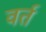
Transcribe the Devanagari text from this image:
वर्त